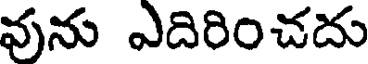
వును ఎదిరించదు